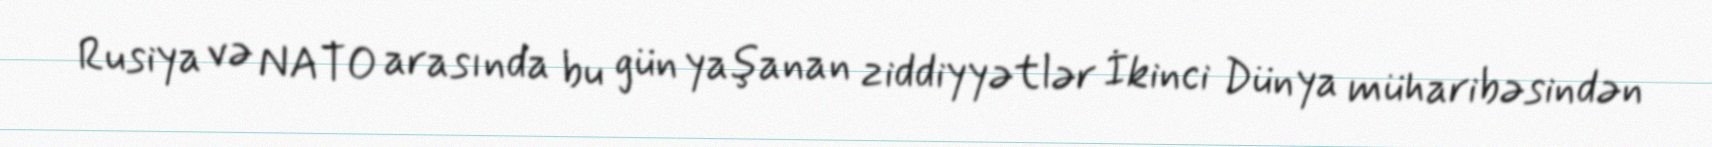
Rusiya və NATO arasında bu gün yaşanan ziddiyyətlər İkinci Dünya müharibəsindən